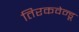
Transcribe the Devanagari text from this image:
तिरकवेन्डू